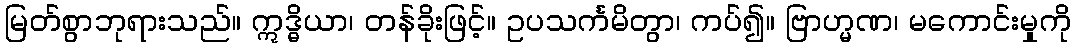
မြတ်စွာဘုရားသည်။ ဣဒ္ဓိယာ၊ တန်ခိုးဖြင့်။ ဥပသင်္ကမိတွာ၊ ကပ်၍။ ဗြာဟ္မဏ၊ မကောင်းမှုကို